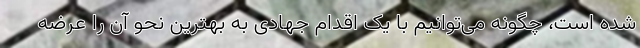
شده است، چگونه می‌توانیم با یک اقدام جهادی به بهترین نحو آن را عرضه